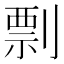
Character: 剽